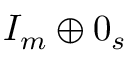
I _ { m } \oplus 0 _ { s }